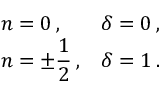
\begin{array} { l l } { { n = 0 \: , } } & { { \delta = 0 \: , } } \\ { { n = \pm \displaystyle \frac { 1 } { 2 } \: , } } & { { \delta = 1 \: . } } \end{array}